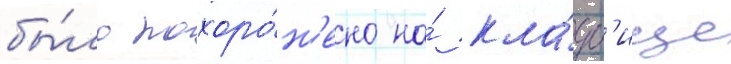
бы́ло похоро́н'ено на́ кла́дб'ище